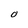
Character: o